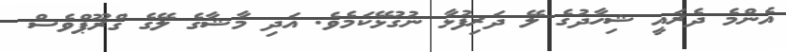
އެންމެ ދެރައީ ޝިހާދުގެ ލޭ ދަރިފުޅާ ނުގުޅޭކަމެވެ. އަދި މާޝާގެ ލޭގެ ގްރޫޕްވެސް